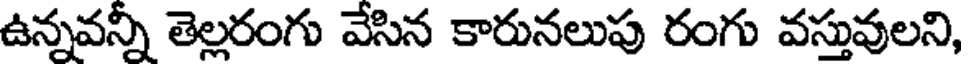
ఉన్నవన్ని తెల్లరంగు వేసిన కారునలుపు రంగు వస్తువులని,